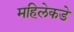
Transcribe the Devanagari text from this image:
महिलेकडे